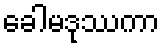
ခေါမဒုဿကာ